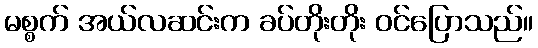
မစ္စက် အယ်လဆင်းက ခပ်တိုးတိုး ဝင်ပြောသည်။